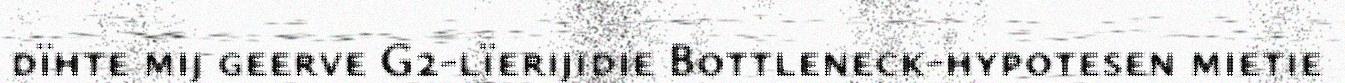
dïhte mij geerve G2-lïerijidie Bottleneck-hypotesen mietie